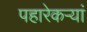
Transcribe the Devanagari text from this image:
पहारेकऱ्यां